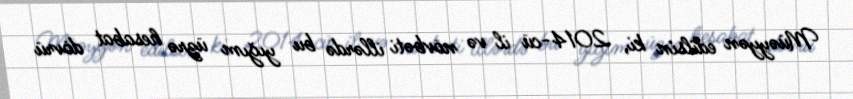
Müəyyən edilsin ki, 2014-cü il və növbəti illərdə bu yığım üzrə hesabat dövrü